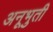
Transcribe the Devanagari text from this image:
अनूभुती